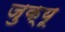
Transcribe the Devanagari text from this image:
जुक्यू